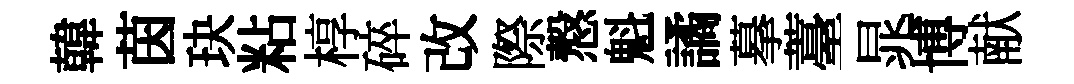
韓茵玦粘椁碎改際慤魁譎摹薹晁博献